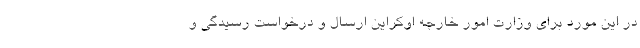
در این مورد برای وزارت امور خارجه اوکراین ارسال و درخواست رسیدگی و